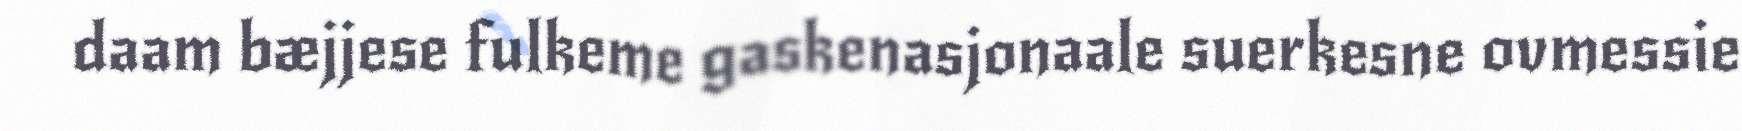
daam bæjjese fulkeme gaskenasjonaale suerkesne ovmessie